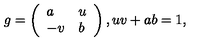
g = \left( \begin{array} { l l } { a } & { u } \\ { - v } & { b } \\ \end{array} \right) , u v + a b = 1 ,